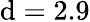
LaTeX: \mathrm{d}=2.9